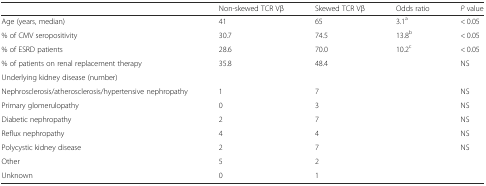
|  | Non-skewed TCR Vβ | Skewed TCR Vβ | Odds ratio | P value |
 | --- | --- | --- | --- | --- |
 | Age (years, median) | 41 | 65 | 3.1a | < 0.05 |
 | % of CMV seropositivity | 30.7 | 74.5 | 13.8b | < 0.05 |
 | % of ESRD patients | 28.6 | 70.0 | 10.2c | < 0.05 |
 | % of patients on renal replacement therapy | 35.8 | 48.4 |  | NS |
 | Underlying kidney disease (number) |  |  |  |  |
 | Nephrosclerosis/atherosclerosis/hypertensive nephropathy | 1 | 7 |  | NS |
 | Primary glomerulopathy | 0 | 3 |  | NS |
 | Diabetic nephropathy | 2 | 7 |  | NS |
 | Reflux nephropathy | 4 | 4 |  | NS |
 | Polycystic kidney disease | 2 | 7 |  | NS |
 | Other | 5 | 2 |  |  |
 | Unknown | 0 | 1 |  |  |